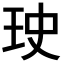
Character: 𤤭